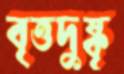
বৃত্তদুষ্কৃ